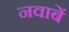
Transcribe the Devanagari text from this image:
नवाबें